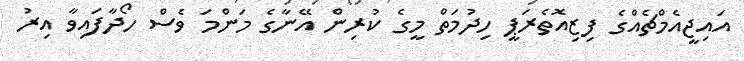
އައިޖީއެމްޗެއްގެ ފިޒިއޮތެރަޕީ ހިދުމަތް މީގެ ކުރިން އޭނާގެ މަންމަ ވެސް ހޯދާފައިވާ އިރު